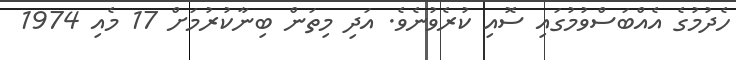
ހެދުމުގެ އެއްބަސްވުމުގައި ސޮއި ކުރެވުނެވެ. އަދި މިތަން ބިނާކުރުމަށް 17 މެއި 1974